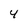
Character: 4